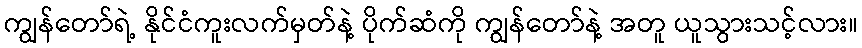
ကျွန်တော်ရဲ့ နိုင်ငံကူးလက်မှတ်နဲ့ ပိုက်ဆံကို ကျွန်တော်နဲ့ အတူ ယူသွားသင့်လား။